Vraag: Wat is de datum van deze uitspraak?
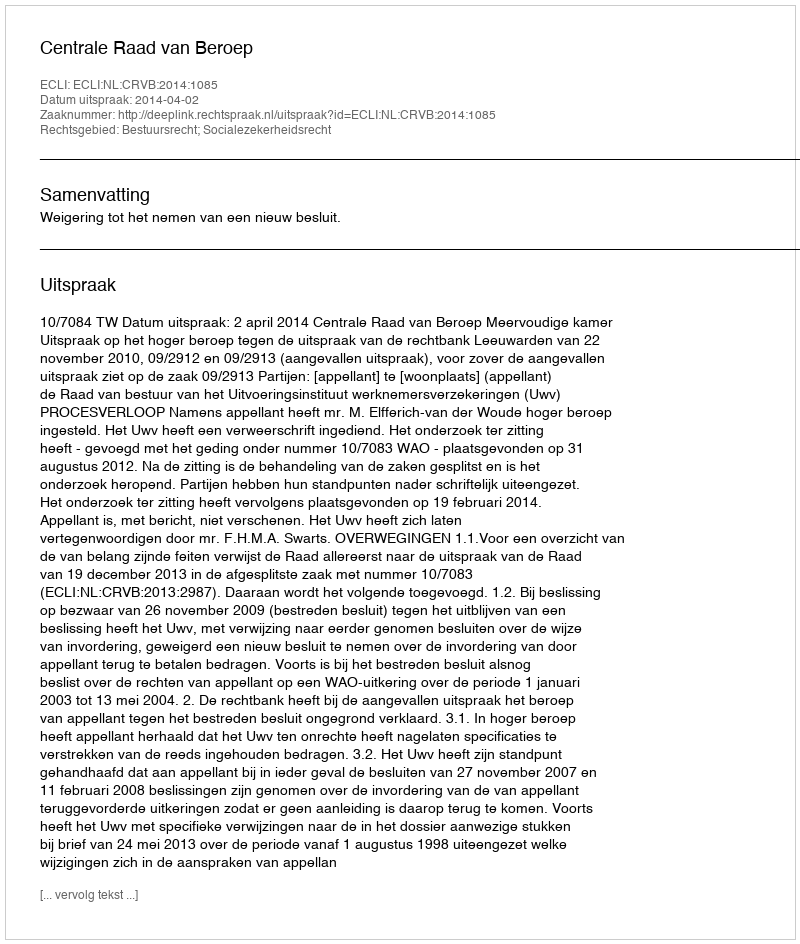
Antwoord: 2014-04-02